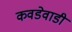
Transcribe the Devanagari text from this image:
कवडेवाडी